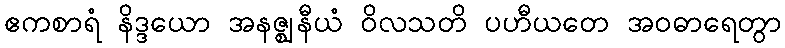
ဧကစာရံ နိဒ္ဒယော အနဇ္ဈနီယံ ဝိလသတိ ပဟီယတေ အဝဓာရေတွာ